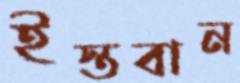
ইস্তবান